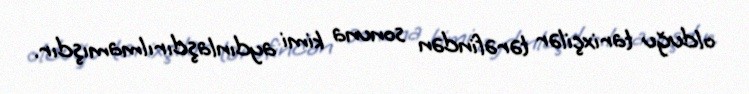
olduğu tarixçilər tərəfindən sonuna kimi aydınlaşdırılmamışdır.